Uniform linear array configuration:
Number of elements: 24
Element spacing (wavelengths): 1
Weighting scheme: blackman
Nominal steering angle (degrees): -15
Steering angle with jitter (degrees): -16.022
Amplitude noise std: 0.05
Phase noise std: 0.05

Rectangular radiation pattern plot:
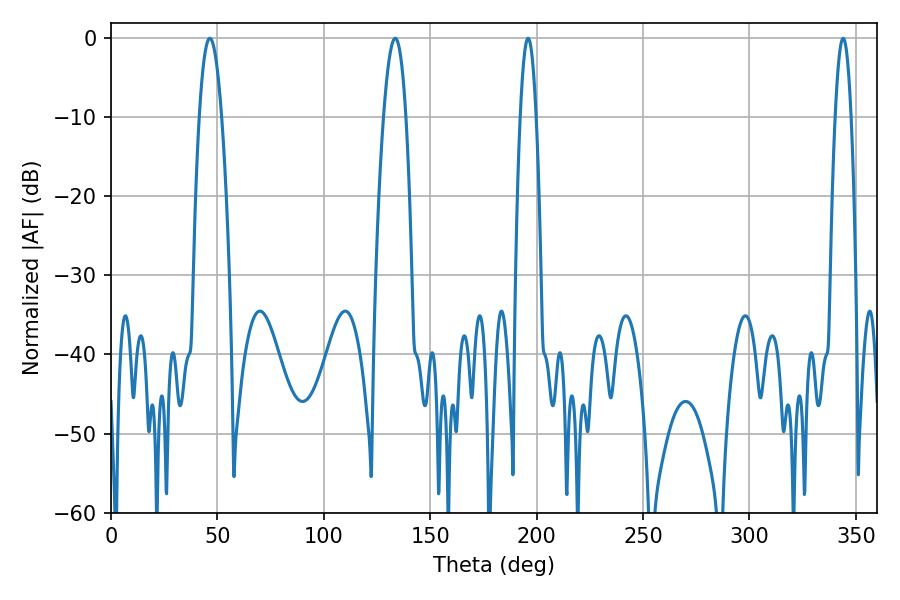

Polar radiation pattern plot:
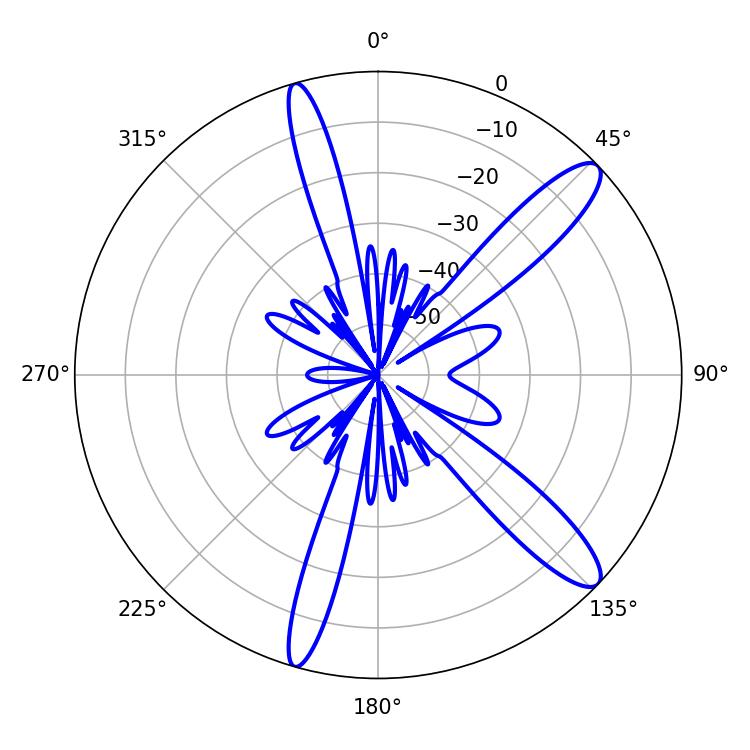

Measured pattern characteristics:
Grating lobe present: TRUE
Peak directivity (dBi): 12.393
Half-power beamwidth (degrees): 5.58
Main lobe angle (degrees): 46.44